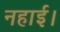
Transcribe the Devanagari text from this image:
नहाई।